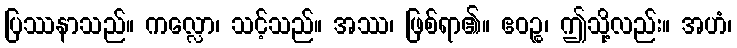
ပြဿနာသည်။ ကလ္လော၊ သင့်သည်။ အဿ၊ ဖြစ်ရာ၏။ ဧဝဉ္စ၊ ဤသို့လည်း။ အဟံ၊